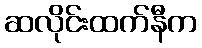
ဆလိုင်းထက်နီက